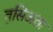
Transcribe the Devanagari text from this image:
तुसिअता